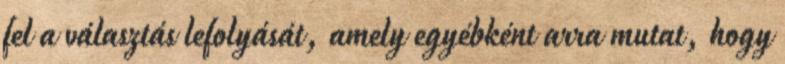
fel a választás lefolyását, amely egyébként arra mutat, hogy